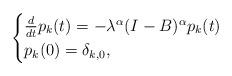
LaTeX: \begin{align*}\begin{cases}\frac{d}{dt}p_{k}(t)=-\lambda ^{\alpha }(I-B)^{\alpha}p_{k}(t) \\p_{k}(0)=\delta _{k,0},\end{cases}\end{align*}